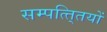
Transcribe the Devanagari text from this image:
सम्पत्ति्तयों